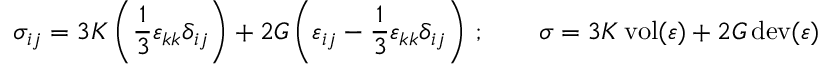
\sigma _ { i j } = 3 K \left( { \frac { 1 } { 3 } } \varepsilon _ { k k } \delta _ { i j } \right) + 2 G \left( \varepsilon _ { i j } - { \frac { 1 } { 3 } } \varepsilon _ { k k } \delta _ { i j } \right) \, ; \qquad { \boldsymbol { \sigma } } = 3 K \operatorname { v o l } ( { \boldsymbol { \varepsilon } } ) + 2 G \operatorname { d e v } ( { \boldsymbol { \varepsilon } } )